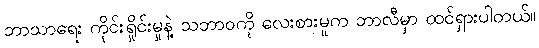
ဘာသာရေး ကိုင်းရှိုင်းမှုနဲ့ သဘာဝကို လေးစားမှုက ဘာလီမှာ ထင်ရှားပါတယ်။